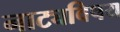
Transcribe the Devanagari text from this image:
नाट्यविषय